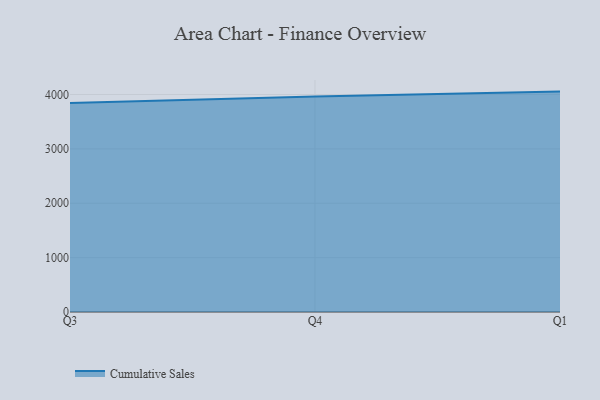
{"axis": {"x": "Quarter", "y": "Page Views"}, "legend": ["Cumulative Sales"], "data": [{"x": "Q3", "y": 3844.4, "type": "Cumulative Sales"}, {"x": "Q4", "y": 3962.2, "type": "Cumulative Sales"}, {"x": "Q1", "y": 4053.5, "type": "Cumulative Sales"}]}